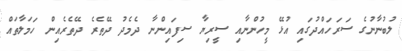
ލުބުނާނުގެ ސަރަހައްދުގައި އުޅޭ މީހުންނާއި ސީރިޔާ ސިފައިންނާ ދެމެދު ދޭތެރެ ދޭތެރެއިން ހަމަލާތައް